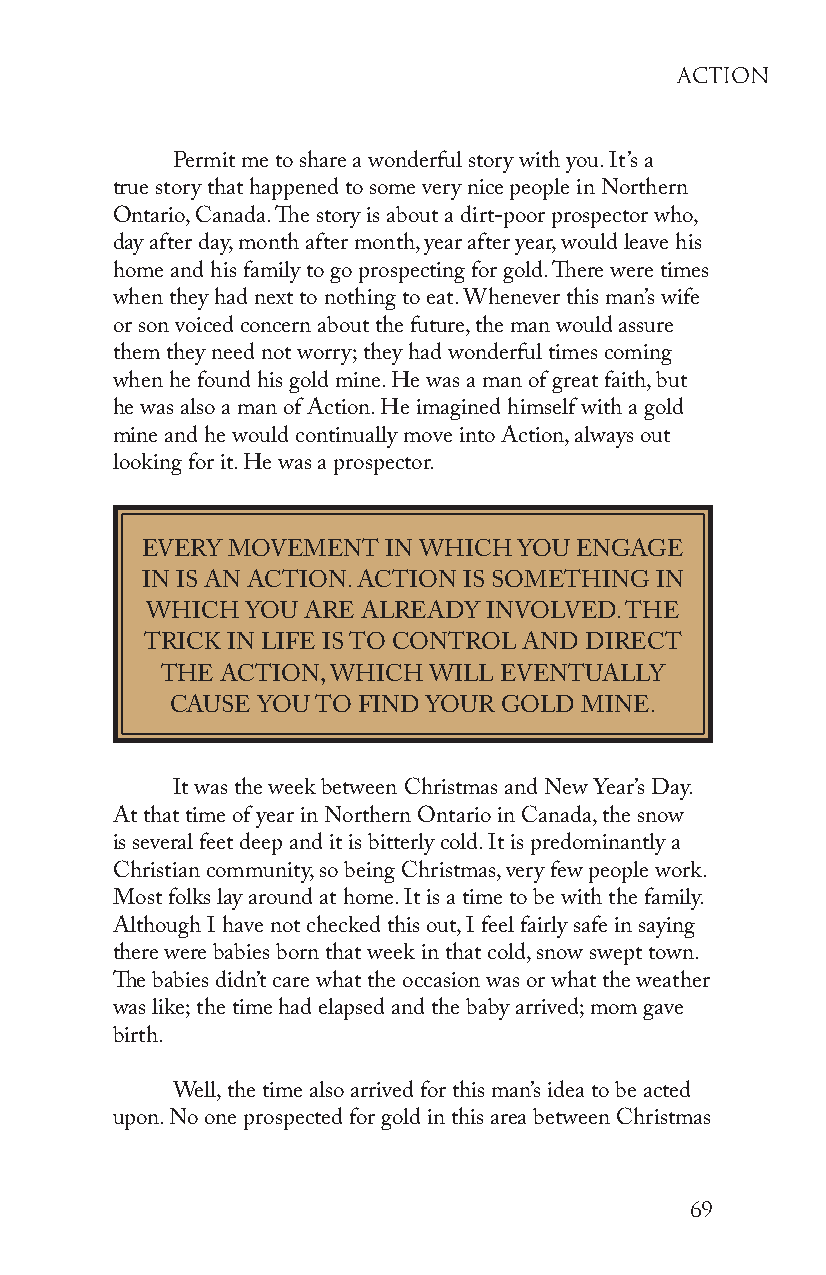
aCtion
 Permit me to share a wonderful story with you. It’s a
 true story that happened to some very nice people in Northern
 Ontario, Canada. The story is about a dirt-poor prospector who,
 day after day, month after month, year after year, would leave his
 home and his family to go prospecting for gold. There were times
 when they had next to nothing to eat. Whenever this man’s wife
 or son voiced concern about the future, the man would assure
 them they need not worry; they had wonderful times coming
 when he found his gold mine. He was a man of great faith, but
 he was also a man of Action. He imagined himself with a gold
 mine and he would continually move into Action, always out
 looking for it. He was a prospector.
 EVERY MOVEMENT  IN WHICH YOU ENGAGE
 IN IS AN ACTION. ACTION IS SOMETHING IN
 WHICH YOU ARE ALREADY INVOLVED. THE
 TRICK IN LIFE IS TO CONTROL AND DIRECT
 THE ACTION, WHICH WILL EVENTUALLY
 CAUSE YOU TO FIND YOUR GOLD MINE.
 It was the week between Christmas and New Year’s Day.
 At that time of year in Northern Ontario in Canada, the snow
 is several feet deep and it is bitterly cold. It is predominantly a
 Christian community, so being Christmas, very few people work.
 Most folks lay around at home. It is a time to be with the family.
 Although I have not checked this out, I feel fairly safe in saying
 there were babies born that week in that cold, snow swept town.
 The babies didn’t care what the occasion was or what the weather
 was like; the time had elapsed and the baby arrived; mom gave
 birth.
 Well, the time also arrived for this man’s idea to be acted
 upon. No one prospected for gold in this area between Christmas
 69